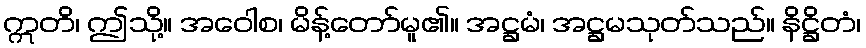
ဣတိ၊ ဤသို့။ အဝေါစ၊ မိန့်တော်မူ၏။ အဋ္ဌမံ၊ အဋ္ဌမသုတ်သည်။ နိဋ္ဌိတံ၊